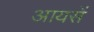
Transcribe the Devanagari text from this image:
आयसें